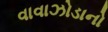
વાવાઝોડાનો